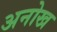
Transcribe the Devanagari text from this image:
अनोख